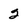
Character: 2